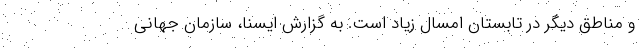
و مناطق دیگر در تابستان امسال زیاد است. به گزارش ایسنا، سازمان جهانی